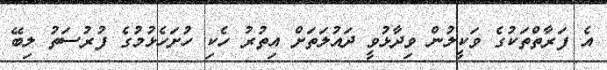
އެ ފަރާތްތަކުގެ ވަކީލުން ވިދާޅުވީ ދައުލަތަށް އިތުރު ހެކި ހުށަހެޅުމުގެ ފުރުސަތު ލިބޭ